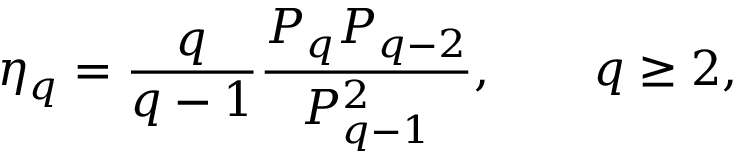
\eta _ { q } = \frac { q } { q - 1 } \frac { P _ { q } P _ { q - 2 } } { P _ { q - 1 } ^ { 2 } } , \qquad q \ge 2 ,